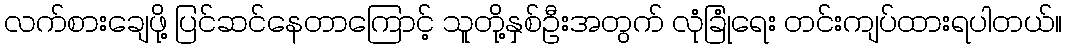
လက်စားချေဖို့ ပြင်ဆင်နေတာကြောင့် သူတို့နှစ်ဦးအတွက် လုံခြုံရေး တင်းကျပ်ထားရပါတယ်။